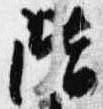
階